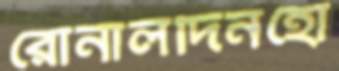
রোনালদিনহো